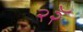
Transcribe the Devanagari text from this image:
२२ॅ